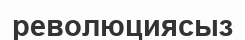
революциясыз